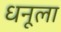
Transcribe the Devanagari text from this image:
धनूला